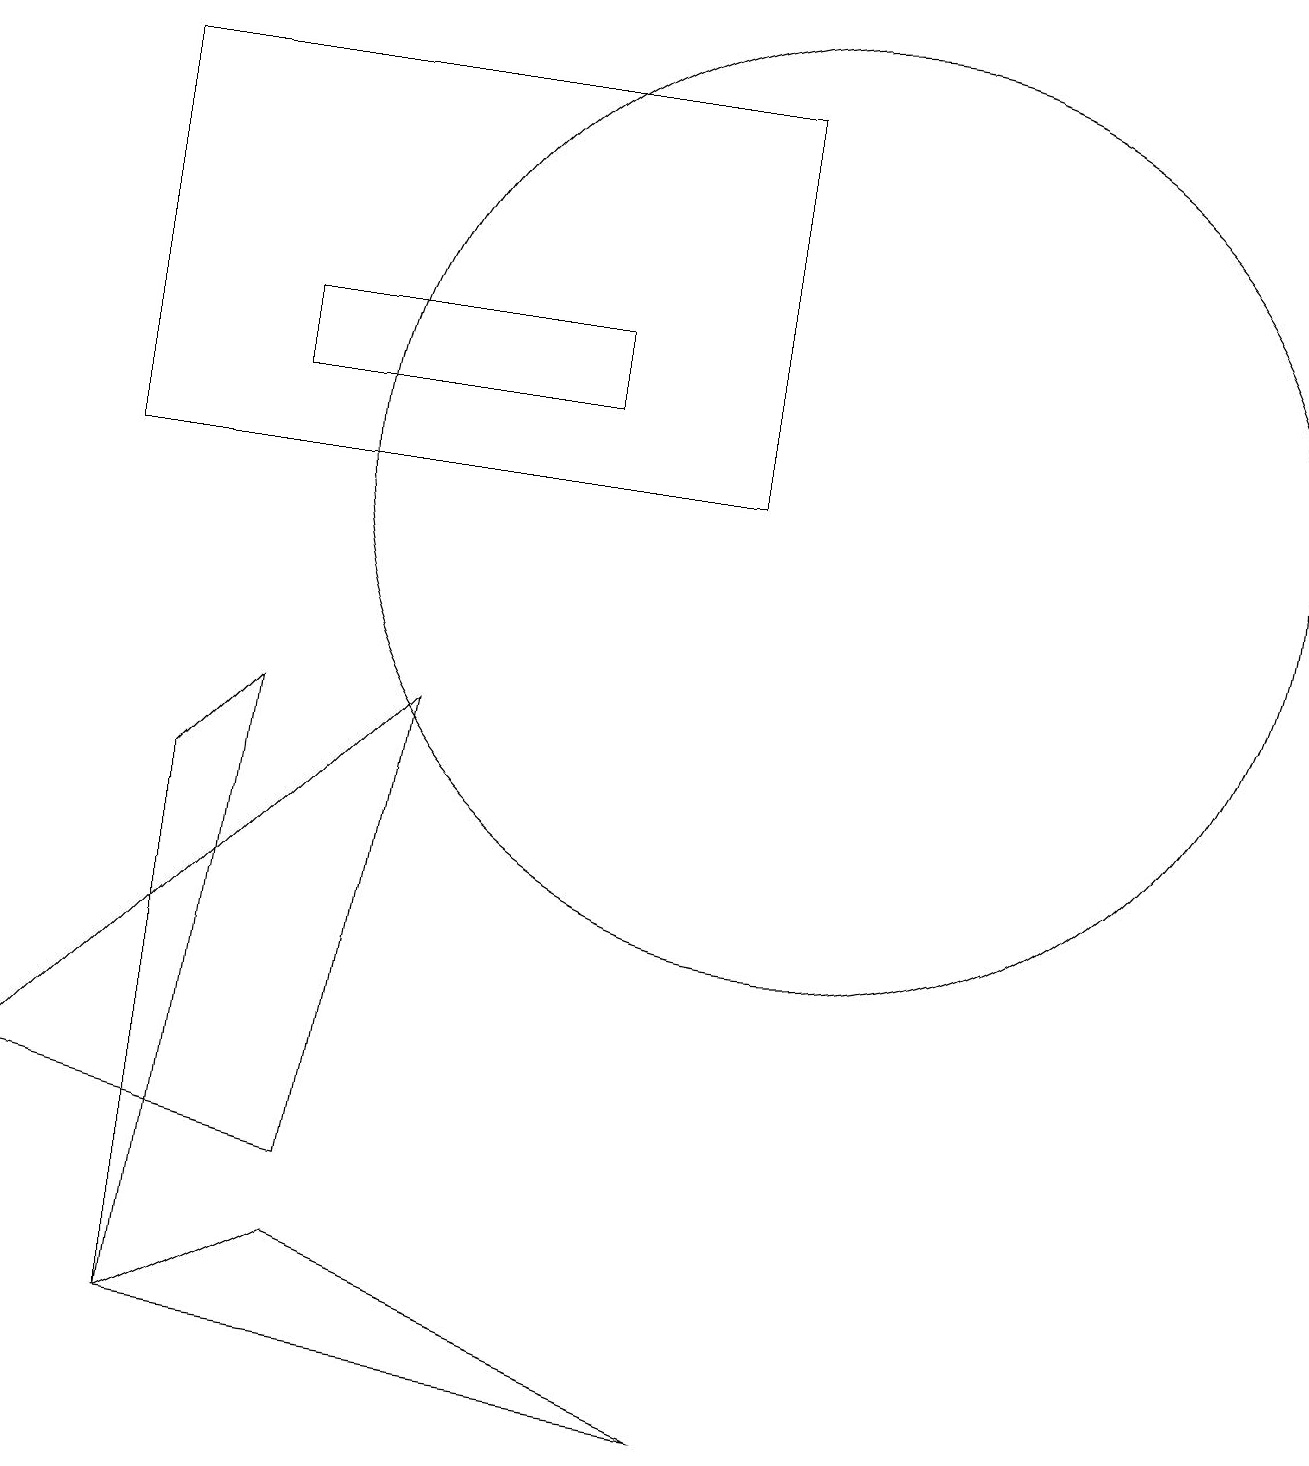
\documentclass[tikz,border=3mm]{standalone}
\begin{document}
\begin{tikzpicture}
\draw (12,11) circle (0);
\draw (2,8) -- (2,1) -- (3,9) -- cycle;
\draw (1,12) rectangle (9,17);
\draw (5,9) -- (0,4) -- (4,3) -- cycle;
\draw (3,14) rectangle (7,13);
\draw (9,0) -- (4,2) -- (2,1) -- cycle;
\draw (10,12) circle (6);
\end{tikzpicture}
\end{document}